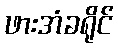
ဖားအံခရိုင်